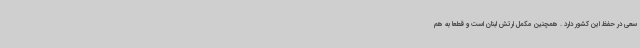
سعی در حفظ این کشور دارد . همچنین مکمل ارتش لبنان است و قطعا به هم